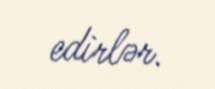
edirlər.